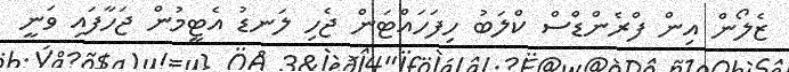
ޒެލޯން އިން ފްރެންޑްސް ކްލަބު ހިފަހައްޓަން ޖެހި ލަނޑު އެޓީމުން ޖަހާފައި ވަނީ